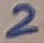
Text: 2